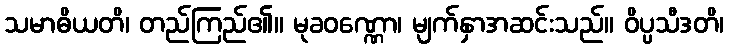
သမာဓိယတိ၊ တည်ကြည်၏။ မုခဝဏ္ဏော၊ မျက်နှာအဆင်းသည်။ ဝိပ္ပသီဒတိ၊